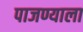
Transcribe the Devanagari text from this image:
पाजण्याला